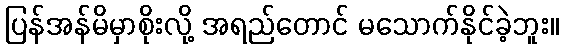
ပြန်အန်မိမှာစိုးလို့ အရည်တောင် မသောက်နိုင်ခဲ့ဘူး။